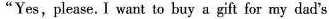
"Yes, please. I want to buy a gift for my dad's